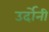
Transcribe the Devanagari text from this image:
उर्दोनी